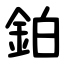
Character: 鉑